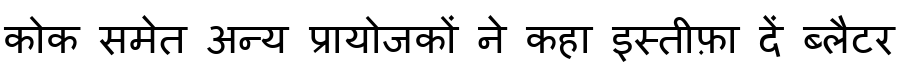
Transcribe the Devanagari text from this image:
कोक समेत अन्य प्रायोजकों ने कहा इस्तीफ़ा दें ब्लैटर